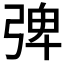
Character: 𭚽